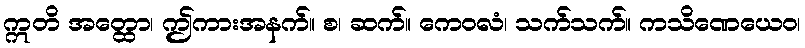
ဣတိ အတ္ထော၊ ဤကားအနက်။ စ၊ ဆက်။ ကေဝလံ၊ သက်သက်။ ကသိဏေယေဝ၊